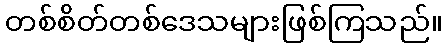
တစ်စိတ်တစ်ဒေသများဖြစ်ကြသည်။